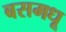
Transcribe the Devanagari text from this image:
बसमधू